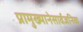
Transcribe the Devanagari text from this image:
प्रामुख्यानेसार्वजनिक